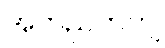
အတည်တကျ